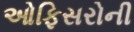
ઓફિસરોની